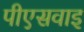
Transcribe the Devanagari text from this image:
पीएसवाइ